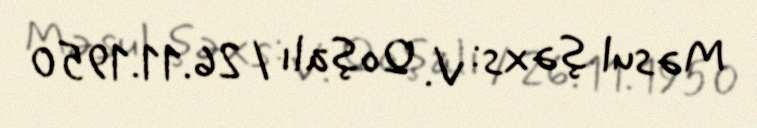
Məsul şəxs: V. Qoşalı / 26.11.1950